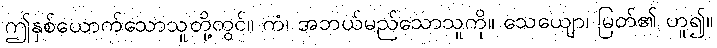
ဤနှစ်ယောက်သောသူတို့တွင်။ ကံ၊ အဘယ်မည်သောသူကို။ သေယျော၊ မြတ်၏ ဟူ၍။